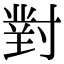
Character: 對